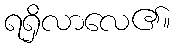
ရရှိလာလေ၏။